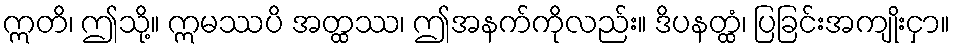
ဣတိ၊ ဤသို့။ ဣမဿပိ အတ္ထဿ၊ ဤအနက်ကိုလည်း။ ဒိပနတ္ထံ၊ ပြခြင်းအကျိုးငှာ။